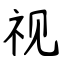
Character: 视